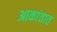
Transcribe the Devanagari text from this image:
आकांतात